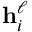
\mathbf h _ { i } ^ { \ell }